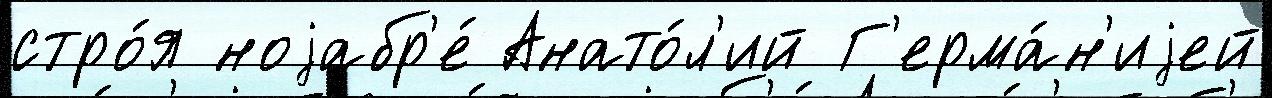
стро́я ноjабр'е́ Анато́л'ий Г'ерма́н'иjей